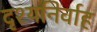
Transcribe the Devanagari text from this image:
दृश्यनिर्वाह